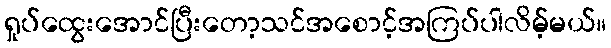
ရှုပ်ထွေးအောင်ပြီးတော့သင်အစောင့်အကြပ်ပါလိမ့်မယ်။